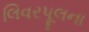
લિવરપૂલના